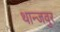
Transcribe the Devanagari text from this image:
थान्जवुर